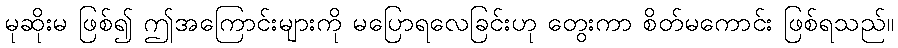
မုဆိုးမ ဖြစ်၍ ဤအကြောင်းများကို မပြောရလေခြင်းဟု တွေးကာ စိတ်မကောင်း ဖြစ်ရသည်။